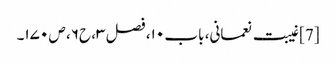
[7] غیبت نعمانی، باب ۱۰، فصل ۳، ح۶، ص ۱۷۰۔